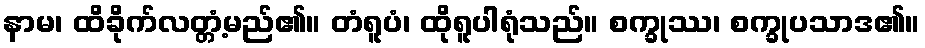
နာမ၊ ထိခိုက်လတ္တံ့မည်၏။ တံရူပံ၊ ထိုရူပါရုံသည်။ စက္ခုဿ၊ စက္ခုပသာဒ၏။